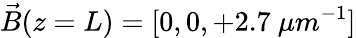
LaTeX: \vec{B}(z=L)=[0,0,+2.7~\mu m^{-1}]